Kassari_(Keina)_vallavalitsus, lk 62
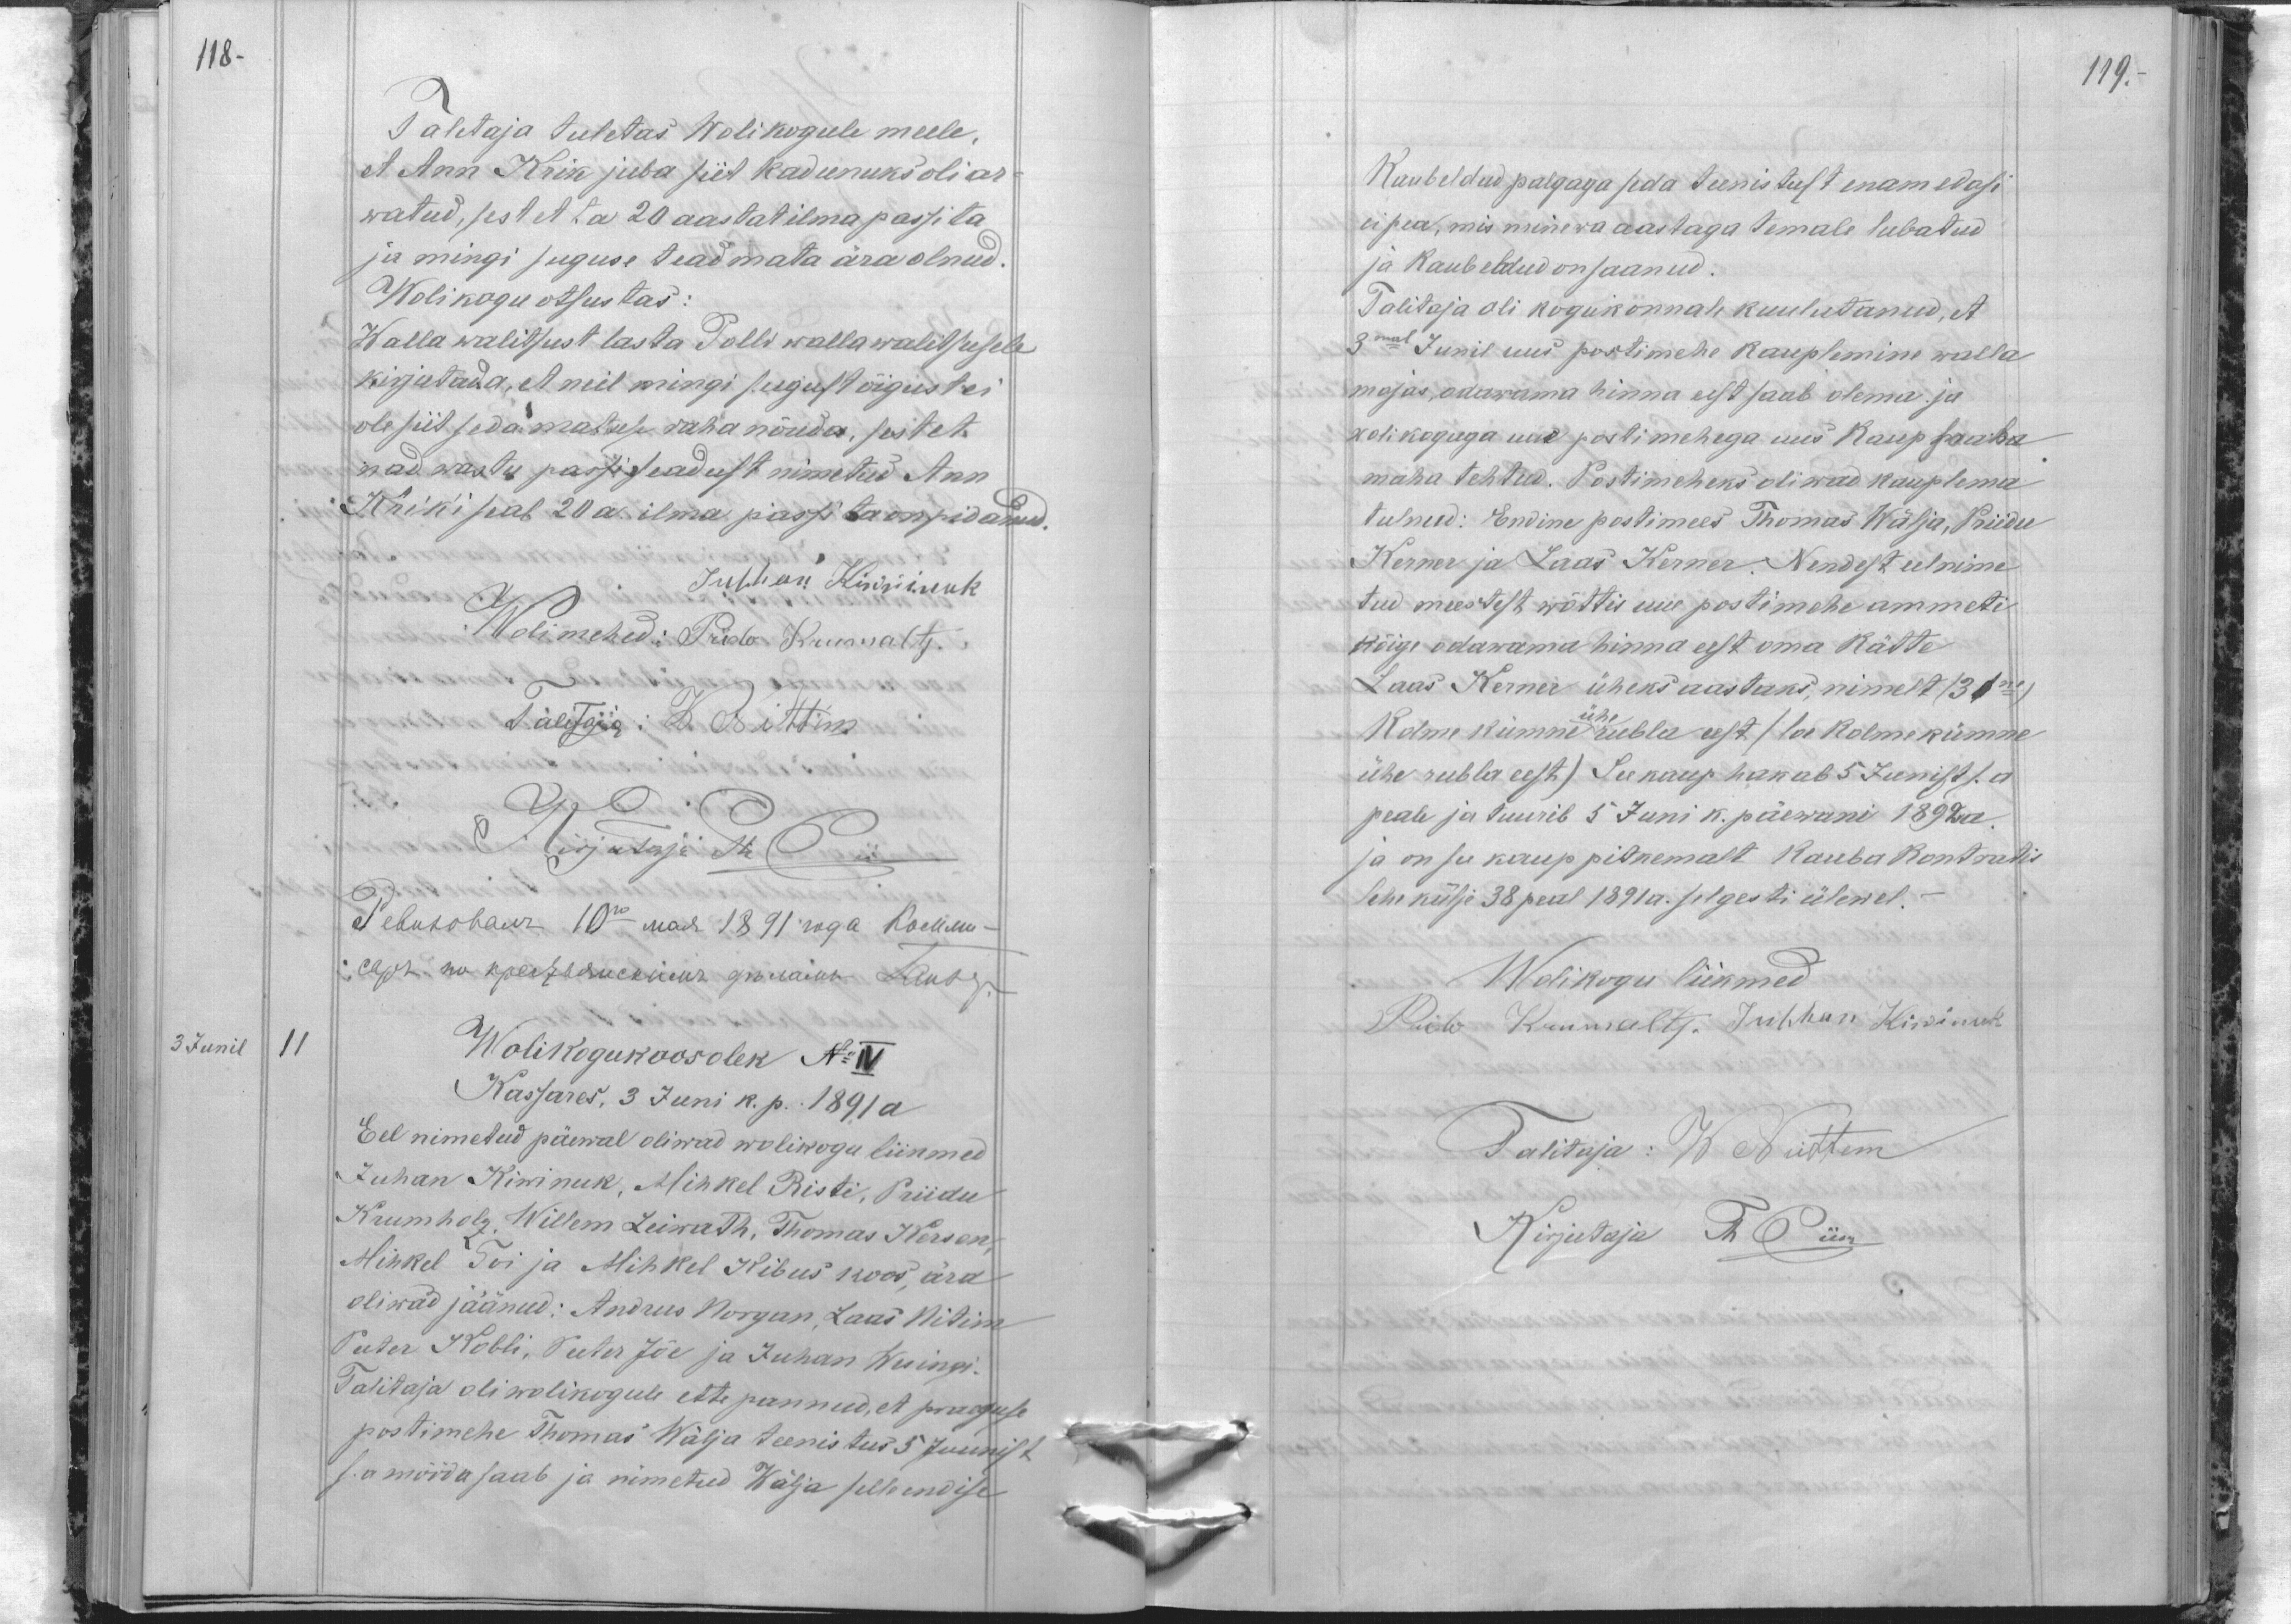
118-
Talitaja tuletas Wolikogule meele,
et Ann Krik juba siit kadunuks oli ar-
watud, sest et ta 20 aastat ilma passita
ja mingi suguse teadmata ära olnud.
Wolikogu otsustas:
Walla walitsust lasta Polli wallawalitsusele
kirjutada, et neil mingi sugust õigust ei
ole siit seda matuse raha nõuda, sest et
nad wastu passi seadust nimetud Ann
Krik'i peab 20 a. ilma passita on pidanud.
Juhhan Kiwinuk
Wolimehed: Priido Kumoltz
Talitaja: H. Nittim
Kirjutaja Th Piik
3 Junil
11
Wolikogukoosolek No IV
Kassares, 3 Juni k. p. 1891 a.
Eel nimetud päewal oliwad wolikogu liikmed
Juhan Kiwinuk, Mihkel Risti, Priidu
Krumholz, Willem Leiwath, Thomas Kersen,
Mihkel Toi ja Mihkel Kibus koos, ära
oliwad jäänud: Andrus Norgan, Laas Nitim
Peeter Kobli, Peeter Jõe ja Juhan Wesingi.
Talitaja oli wolikogule ette pannud, et praeguse
postimehe Thomas Wälja teenistus 5 Juunist
s.a mööda saab ja nimetud Wälja selle endise

119.

kaubeldud palgaga seda teenistust enam edasi
ei pea, mis minewa aastaga temale lubatud
ja kaubeldud on saanud.
Talitaja oli kogukonnale kuulutanud, et
3mal Junil uus postimehe kauplemine walla
majas, odawama hinna eest saab olema ja
wolikoguga uue postimehega uus kaup saada
maha tehtud. Postimeheks oliwad kauplema
tulnud: Endine postimees Thomas Wälja, Priidu
Kerner ja Laas Kerner. Nendest eelnime-
tud meestest wõttis uue postimehe ammeti
kõige odawama hinna eest oma kätte
Laas Kerner üheks aastaks, nimelt (31ne)
Kolme kümne ühe rubla eest (loe kolmekümne
ühe rubla eest) See kaup hakab 5 Junist s.a.
peale ja teenib 5  Juni k. päewani 1892 a.
ja on see kaup pitkemalt Kauba Kontraktis
lehe külje 38 peal 1891 a. selgesti ülewal.-
Wolikogu liikmed
Prido Krumoltz. Juhhan Kiwinuk
Talitaja: W Nittem
Kirjutaja Th Piik